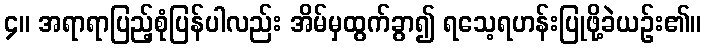
၄။ အရာရာပြည့်စုံပြန်ပါလည်း အိမ်မှထွက်ခွာ၍ ရသေ့ရဟန်းပြုဖို့ခဲယဉ်း၏။